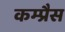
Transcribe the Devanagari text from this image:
कम्प्रैस